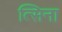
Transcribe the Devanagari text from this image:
त्सिना